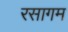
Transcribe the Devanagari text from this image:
रसागम